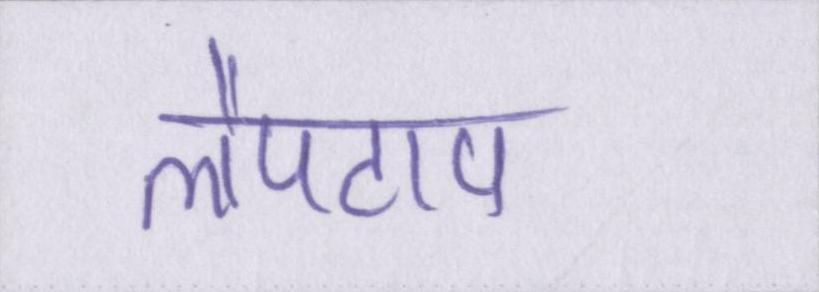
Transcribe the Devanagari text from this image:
लैपटाप